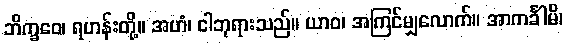
ဘိက္ခဝေ၊ ရဟန်းတို့။ အဟံ၊ ငါဘုရားသည်။ ယာဝ၊ အကြင်မျှလောက်။ အာကင်္ခါမိ၊